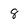
Character: 8